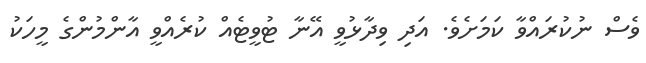
ވެސް ނުކުރައްވާ ކަމަށެވެ. އަދި ވިދާޅުވީ އޭނާ ޓުވީޓެއް ކުރެއްވީ އާންމުންގެ މީހަކު